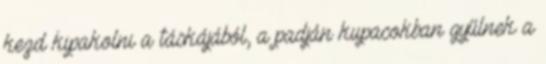
kezd kipakolni a táskájából, a padján kupacokban gyűlnek a